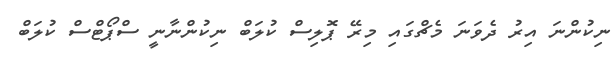
ނިކުންނަ އިރު ދެވަނަ މެޗްގައި މިރޭ ޕޮލިސް ކުލަބް ނިކުންނާނީ ސްޕޯޓްސް ކުލަބް